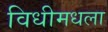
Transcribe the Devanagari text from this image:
विधीमधला